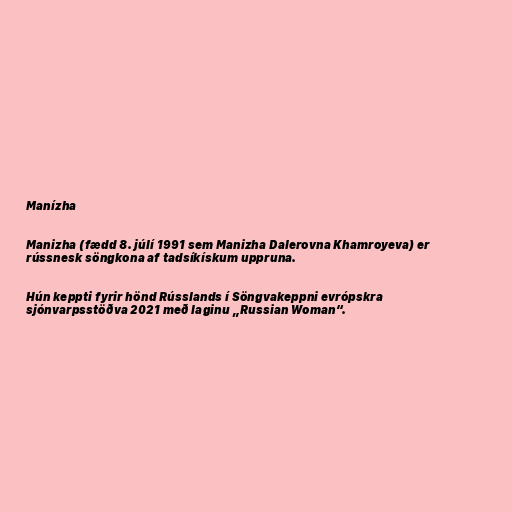
Manízha

Manizha (fædd 8. júlí 1991 sem Manizha Dalerovna Khamroyeva) er
rússnesk söngkona af tadsíkískum uppruna.

Hún keppti fyrir hönd Rússlands í Söngvakeppni evrópskra
sjónvarpsstöðva 2021 með laginu „Russian Woman“.